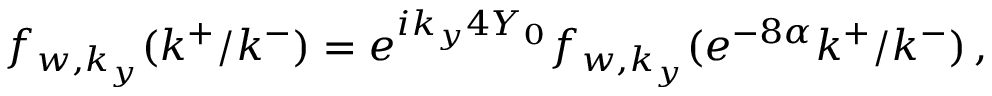
f _ { w , k _ { y } } ( k ^ { + } / k ^ { - } ) = e ^ { i k _ { y } 4 Y _ { 0 } } f _ { w , k _ { y } } ( e ^ { - 8 \alpha } k ^ { + } / k ^ { - } ) \, ,